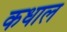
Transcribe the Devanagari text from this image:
कधाल